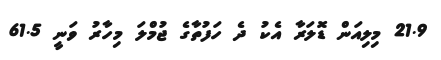
21.9 މިލިއަން ޑޮލަރާ އެކު ދެ ހަފުތާގެ ޖުމްލަ މިހާރު ވަނީ 61.5